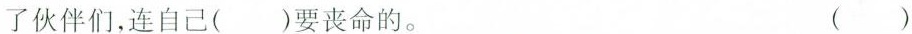
了伙伴们，连自己( )要丧命的。 ( )